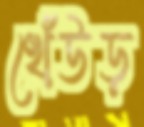
খেঁউড়